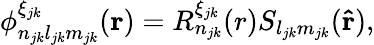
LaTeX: \phi_{n_{jk}l_{jk}m_{jk}}^{\xi_{jk}}(\mathbf{r})=R_{n_{jk}}^{\xi_{jk}}(r)S_{l_{jk}m_{jk}}(\mathbf{\hat{r}}),